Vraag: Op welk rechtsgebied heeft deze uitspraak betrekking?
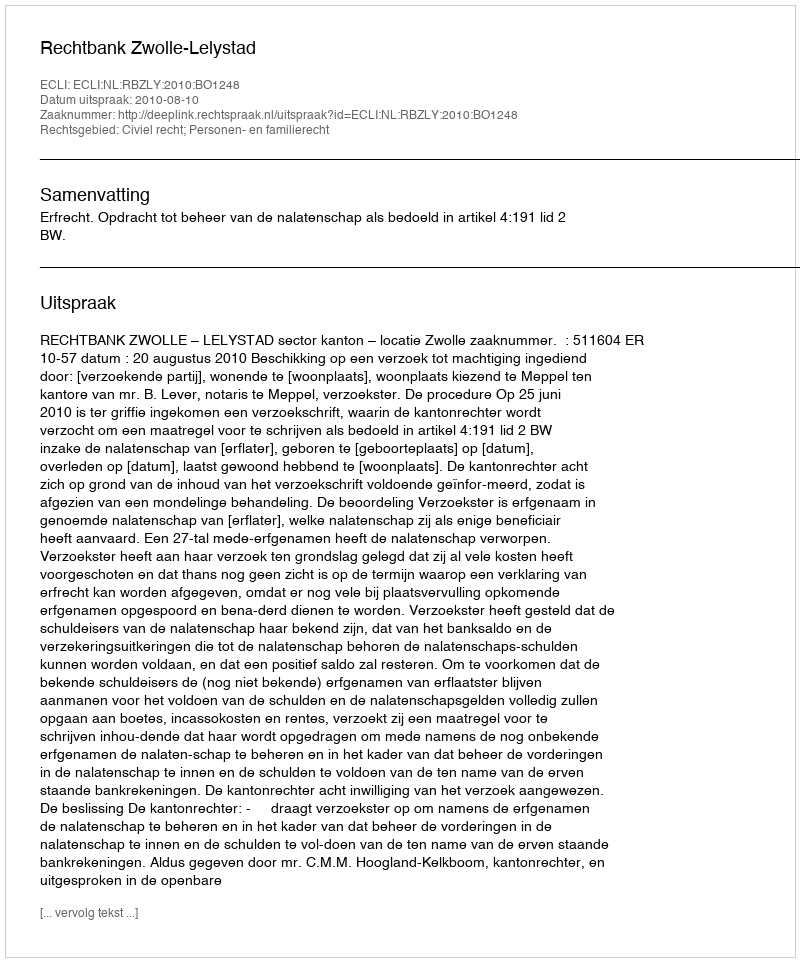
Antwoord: Civiel recht; Personen- en familierecht